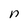
Character: n